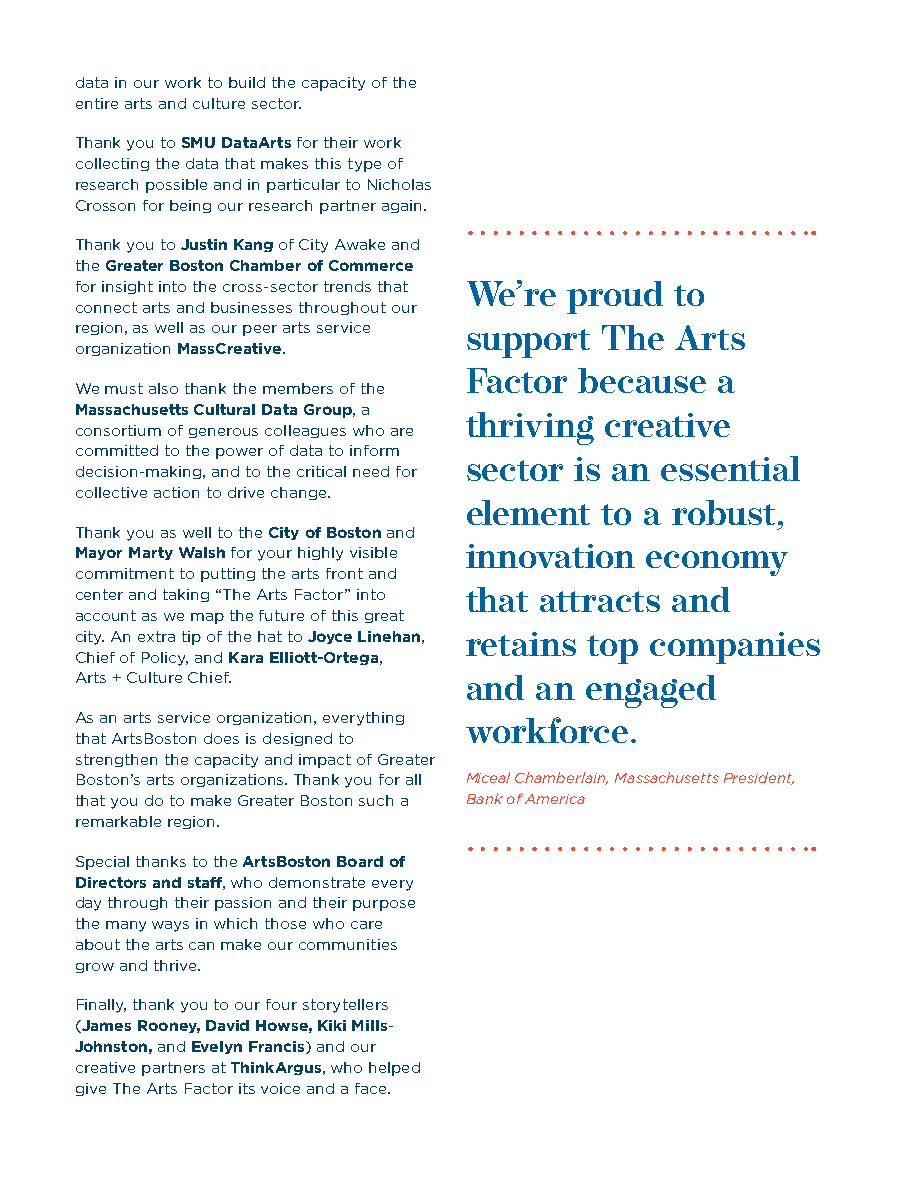
data in our work to build the capacity of the
 entire arts and culture sector.
 Thank you to SMU DataArts for their work
 collecting the data that makes this type of
 research possible and in particular to Nicholas
 Crosson for being our research partner again.
 Thank you to Justin Kang of City Awake and
 the Greater Boston Chamber of Commerce
 for insight into the cross-sector trends that
 We’re proud   to
 connect arts and businesses throughout our
 region, as well as our peer arts service
 support  The  Arts
 organization MassCreative.
 We must also thank the members of the Factor because a
 Massachusetts Cultural Data Group, a
 consortium of generous colleagues who are thriving creative
 committed to the power of data to inform
 decision-making, and to the critical need for sector is an essential
 collective action to drive change.
 element  to a robust,
 Thank you as well to the City of Boston and
 Mayor Marty Walsh for your highly visible innovation economy
 commitment to putting the arts front and
 center and taking “The Arts Factor” into
 that attracts and
 account as we map the future of this great
 city. An extra tip of the hat to Joyce Linehan,
 retains top companies
 Chief of Policy, and Kara Elliott-Ortega,
 Arts + Culture Chief.
 and an  engaged
 As an arts service organization, everything
 that ArtsBoston does is designed to workforce.
 strengthen the capacity and impact of Greater
 Boston’s arts organizations. Thank you for all Miceal Chamberlain, Massachusetts President,
 that you do to make Greater Boston such a Bank of America
 remarkable region.
 Special thanks to the ArtsBoston Board of
 Directors and staff, who demonstrate every
 day through their passion and their purpose
 the many ways in which those who care
 about the arts can make our communities
 grow and thrive.
 Finally, thank you to our four storytellers
 (James Rooney, David Howse, Kiki Mills-
 Johnston, and Evelyn Francis) and our
 creative partners at ThinkArgus, who helped
 give The Arts Factor its voice and a face.